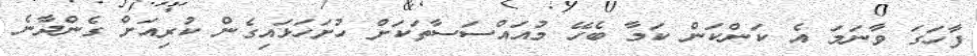
ފާހަގަ ވާނަމަ އެ ކަންކަން ކަމާ ބެހޭ މުއައްސަސާތަކަށް ހުށަހަޅައިގެން ކުރިއަށް ގެންދާނެ